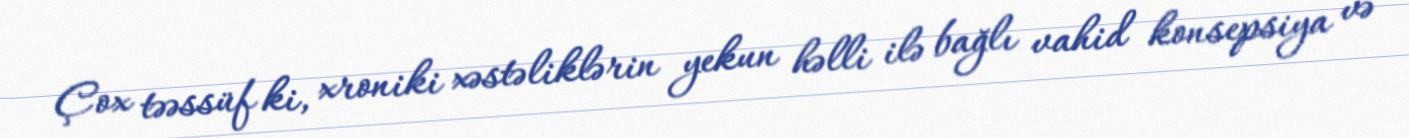
Çox təəssüf ki, xroniki xəstəliklərin yekun həlli ilə bağlı vahid konsepsiya və